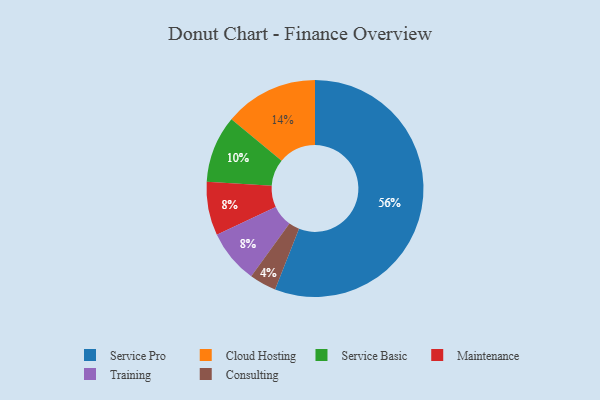
{"axis": {"x": "Category", "y": "Percentage"}, "legend": ["Cloud Hosting", "Consulting", "Maintenance", "Service Basic", "Service Pro", "Training"], "data": [{"x": "Consulting", "y": 4, "type": "Consulting"}, {"x": "Service Basic", "y": 10, "type": "Service Basic"}, {"x": "Cloud Hosting", "y": 14, "type": "Cloud Hosting"}, {"x": "Service Pro", "y": 56, "type": "Service Pro"}, {"x": "Maintenance", "y": 8, "type": "Maintenance"}, {"x": "Training", "y": 8, "type": "Training"}]}